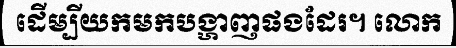
ដើម្បីយកមកបង្ហាញផងដែរ។ លោក